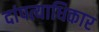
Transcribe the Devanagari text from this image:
दांपत्याधिकार